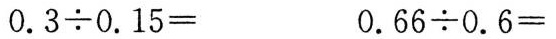
$$0.3 {\div} 0.15=$$ 0.66 {\div} 0.6= $$